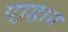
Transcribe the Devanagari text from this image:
पा़डान